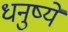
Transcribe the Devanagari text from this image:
धनुष्ये